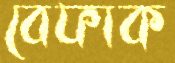
বেফাক